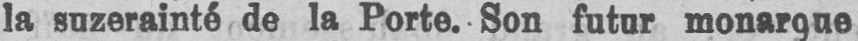
la suzerainté de la Porte. Son futur monarque